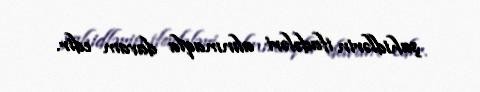
şahidlərin ifadələri alınmaqla davam edir.